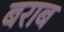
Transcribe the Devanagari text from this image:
बराब